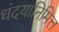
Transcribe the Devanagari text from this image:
धंदयानिमित्त्‍ा